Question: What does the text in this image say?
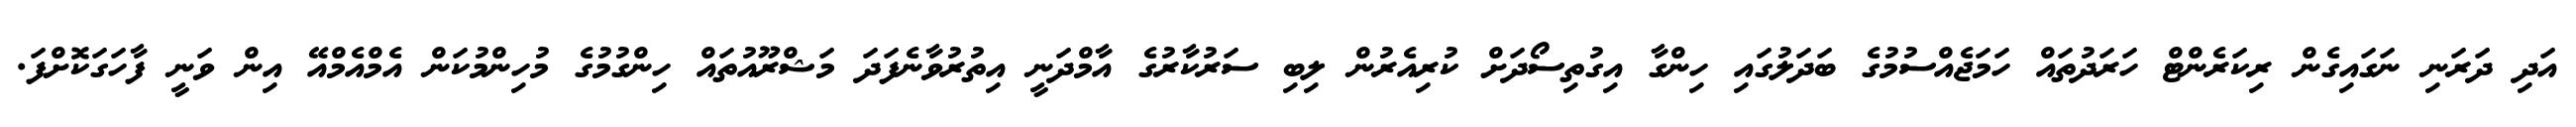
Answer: އަދި ދަރަނި ނަގައިގެން ރިކަރެންޓް ހަރަދުތައް ހަމަޖެއްސުމުގެ ބަދަލުގައި ހިންގާ އިގުތިސޯދަށް ކުރިއެރުން ލިބި ސަރުކާރުގެ އާމްދަނީ އިތުރުވާނެފަދަ މަޝްރޫއުތައް ހިންގުމުގެ މުހިންމުކަން އެމްއެމްއޭ އިން ވަނީ ފާހަގަކޮށްފަ.